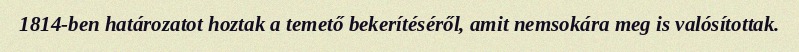
1814-ben határozatot hoztak a temető bekerítéséről, amit nemsokára meg is valósítottak.